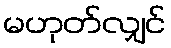
မဟုတ်လျှင်